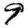
Digit: 9